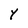
Character: Y